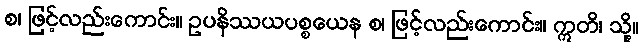
စ၊ ဖြင့်လည်းကောင်း။ ဥပနိဿယပစ္စယေန စ၊ ဖြင့်လည်းကောင်း။ ဣတိ၊ သို့။